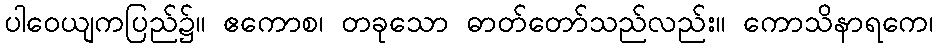
ပါဝေယျကပြည်၌။ ဧကောစ၊ တခုသော ဓာတ်တော်သည်လည်း။ ကောသိနာရကေ၊